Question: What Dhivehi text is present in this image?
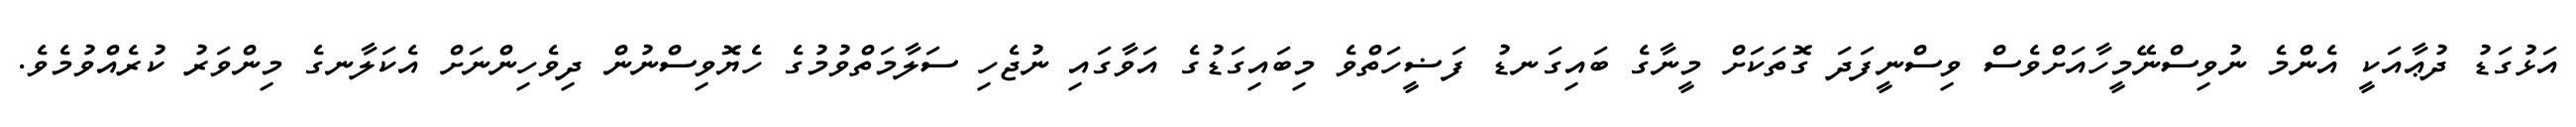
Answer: އަޅުގަޑު ދުޢާއަކީ އެންމެ ނުވިސްނޭމީހާއަށްވެސް ވިސްނީފަދަ ގޮތަކަށް މީނާގެ ބައިގަނޑު ފަޟީހަތްވެ މިބައިގަޑުގެ އަވާގައި ނުޖެހި ސަލާމަތްވުމުގެ ހެޔޮވިސްނުން ދިވެހިންނަށް އެކަލާނގެ މިންވަރު ކުރެއްވުމެވެ.